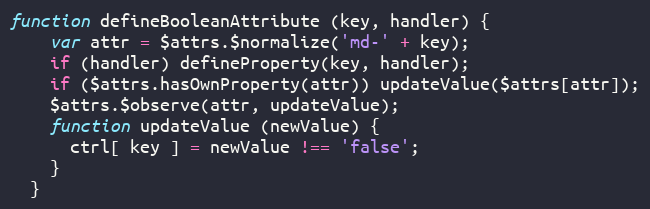
Language: JavaScript
function defineBooleanAttribute (key, handler) {
    var attr = $attrs.$normalize('md-' + key);
    if (handler) defineProperty(key, handler);
    if ($attrs.hasOwnProperty(attr)) updateValue($attrs[attr]);
    $attrs.$observe(attr, updateValue);
    function updateValue (newValue) {
      ctrl[ key ] = newValue !== 'false';
    }
  }